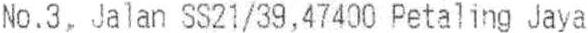
NO.3, JALAN SS21/39,47400 PETALING JAYA